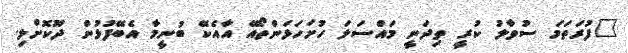
"ފުރަތަމަ ސުވާލު ކުރީ ތިދަނީ މައްސަލަ ހުށަހަޅަންތޯއޭ އާއެކޭ ބުނީމާ އެބޭފުޅުން ދޫކޮށްލި.